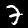
Label: 7